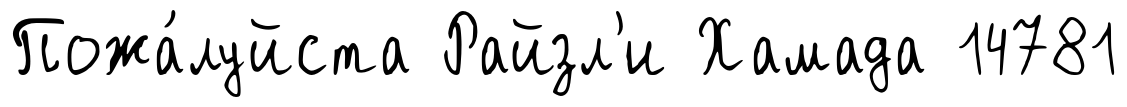
Пожа́луйста Райзл'и Хамада 14781